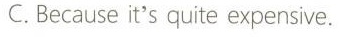
C.Because it's quite expensive.